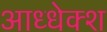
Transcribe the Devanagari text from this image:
आध्धेक्श